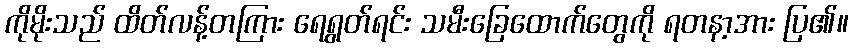
ကိုမိုးသည် ထိတ်လန့်တကြား ရေရွတ်ရင်း သမီးခြေထောက်တွေကို ရတနာ့အား ပြ၏။